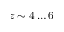
z \sim 4 \dots 6